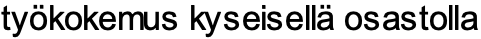
työkokemus kyseisellä osastolla